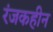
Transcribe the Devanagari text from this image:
रंजकहीन